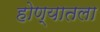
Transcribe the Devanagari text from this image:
होण्यातला